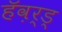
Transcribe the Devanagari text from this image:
हॅव़र्ड्